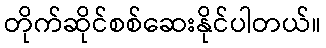
တိုက်ဆိုင်စစ်ဆေးနိုင်ပါတယ်။